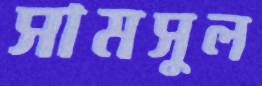
সামসুল